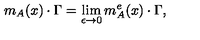
m _ { A } ( x ) \cdot \Gamma = \lim _ { \epsilon \to 0 } m _ { A } ^ { e } ( x ) \cdot \Gamma ,